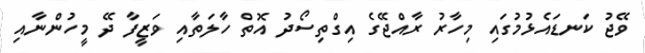
ވޭޖު ކަނޑައެޅުމުގައި މިހާރު ރާއްޖޭގެ އިގްތިސޯދު އޮތް ހާލަތާއި ވަޒީފާ ދޭ މީހުންނާއި